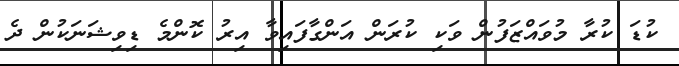
ކުޑަ ކުރާ މުވައްޒަފުން ވަކި ކުރަން އަންގާފައިވާ އިރު ކޮންމެ ޑިވިޝަނަކުން ދެ